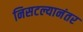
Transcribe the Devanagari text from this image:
निसटल्यानंतर